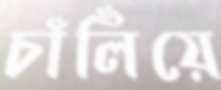
চাঁলিঁয়ে